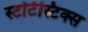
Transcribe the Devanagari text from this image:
स्टटिस्टिक्स